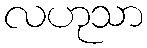
လဟုသာ